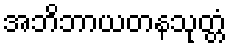
အဘိဘာယတနသုတ္တံ